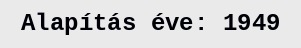
Alapítás éve: 1949